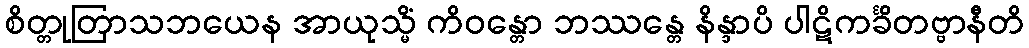
စိတ္တုတြာသဘယေန အာယုသ္မိံ ကိဝန္တော ဘဿန္တေ နိန္ဒာပိ ပါဋိကင်္ခိတဗ္ဗာနီတိ